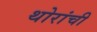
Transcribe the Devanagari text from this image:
थोरांची